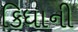
કિધાની